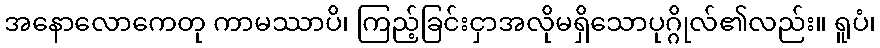
အနောလောကေတု ကာမဿာပိ၊ ကြည့်ခြင်းငှာအလိုမရှိသောပုဂ္ဂိုလ်၏လည်း။ ရူပံ၊